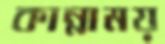
কান্নাময়